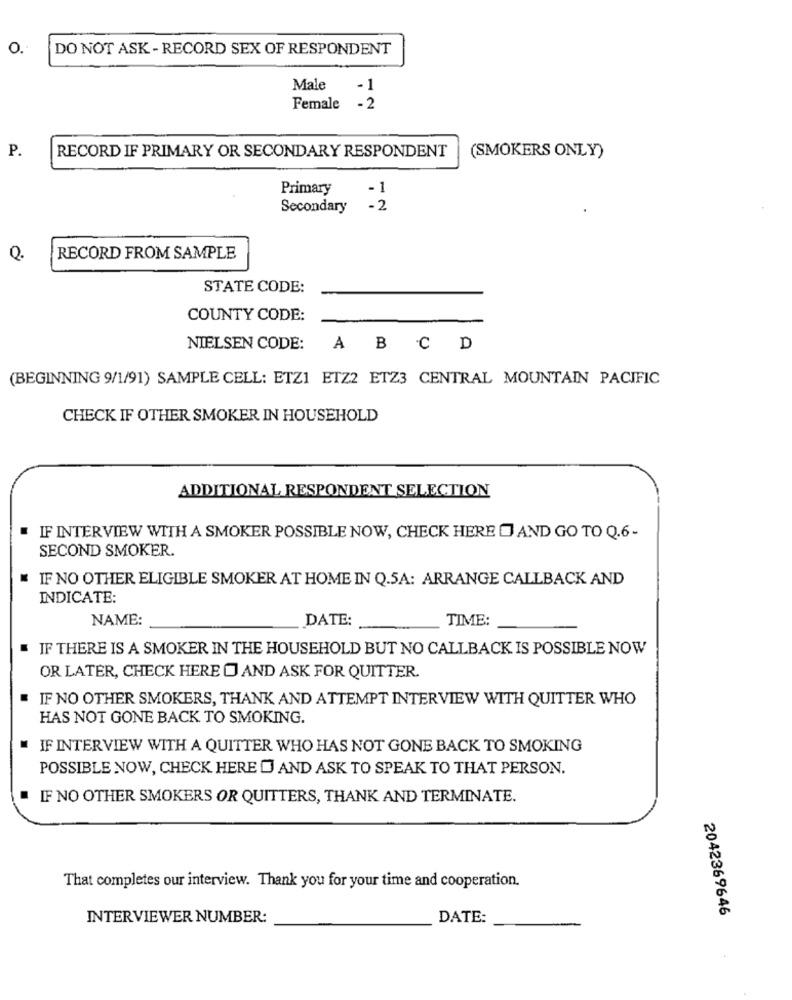
O.
DO NOT ASK - RECORD SEX OF RESPONDENT
Male
-1
Female -2
P.
RECORD IF PRIMARY OR SECONDARY RESPONDENT
(SMOKERS ONLY)
Primary
-1
Secondary
- 2
Q.
RECORD FROM SAMPLE
STATE CODE:
COUNTY CODE:
NIELSEN CODE:
ABCD
(BEGINNING 9/1/91) SAMPLE CELL: ETZ1 ETZ2 ETZ3 CENTRAL MOUNTAIN PACIFIC
CHECK IF OTHER SMOKER IN HOUSEHOLD
ADDITIONAL RESPONDENT SELECTION
IF INTERVIEW WITH A SMOKER POSSIBLE NOW, CHECK HERE O AND GO TO Q.6-
SECOND SMOKER.
IF NO OTHER ELIGIBLE SMOKER AT HOME IN Q.5A: ARRANGE CALLBACK AND
INDICATE:
NAME:
DATE:
TIME:
IF THERE IS A SMOKER IN THE HOUSEHOLD BUT NO CALLBACK IS POSSIBLE NOW
OR LATER, CHECK HERE O AND ASK FOR QUITTER.
IF NO OTHER SMOKERS, THANK AND ATTEMPT INTERVIEW WITH QUITTER WHO
HAS NOT GONE BACK TO SMOKING.
IF INTERVIEW WITH A QUITTER WHO HAS NOT GONE BACK TO SMOKING
POSSIBLE NOW, CHECK HERE D AND ASK TO SPEAK TO THAT PERSON.
FF NO OTHER SMOKERS OR QUITTERS, THANK AND TERMINATE.
That completes our interview. Thank you for your time and cooperation.
INTERVIEWER NUMBER:
DATE:
2042369646